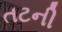
તટની